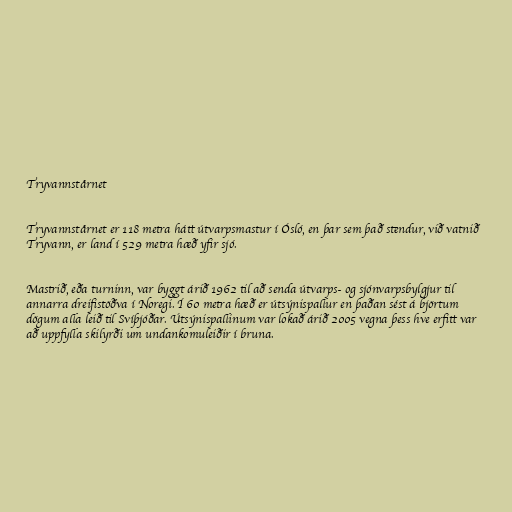
Tryvannstårnet

Tryvannstårnet er 118 metra hátt útvarpsmastur í Ósló, en þar sem það stendur, við vatnið
Tryvann, er land í 529 metra hæð yfir sjó.

Mastrið, eða turninn, var byggt árið 1962 til að senda útvarps- og sjónvarpsbylgjur til
annarra dreifistöðva í Noregi. Í 60 metra hæð er útsýnispallur en þaðan sést á björtum
dögum alla leið til Svíþjóðar. Útsýnispallinum var lokað árið 2005 vegna þess hve erfitt var
að uppfylla skilyrði um undankomuleiðir í bruna.